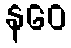
နဝေ